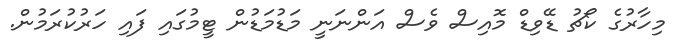
މިހާރުގެ ކޯޗު ޑޭވިޑް މޮއިސް ވެސް އަންނަނީ މަޑުމަޑުން ޓީމުގައި ފައި ހަރުކުރަމުން.